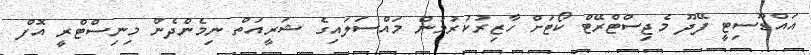
އައްޑޫސިޓީ ފޭދޫ މެޖިސްޓްރޭޓް ކޯޓަށް ހާޒިރުކުރުމުން މައްސަލައިގެ ޝަރީއަތް ނިމެންދެން މިނިސްޓްރީ އޮފް